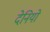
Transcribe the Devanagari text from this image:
देनियो